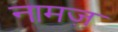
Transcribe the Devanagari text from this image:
नामज़